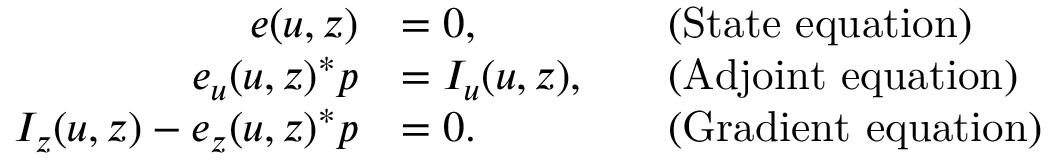
\begin{array} { r l r l } { e ( u , z ) } & { = 0 , } & & { \mathrm { ( S t a t e ~ e q u a t i o n ) } } \\ { e _ { u } ( u , z ) ^ { * } p } & { = I _ { u } ( u , z ) , } & & { \mathrm { ( A d j o i n t ~ e q u a t i o n ) } } \\ { I _ { z } ( u , z ) - e _ { z } ( u , z ) ^ { * } p } & { = 0 . } & & { \mathrm { ( G r a d i e n t ~ e q u a t i o n ) } } \end{array}